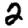
Digit: 2